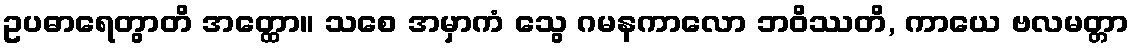
ဥပဓာရေတွာတိ အတ္ထော။ သစေ အမှာကံ သွေ ဂမနကာလော ဘဝိဿတိ, ကာယေ ဗလမတ္တာ